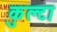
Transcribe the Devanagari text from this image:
कुल्टा